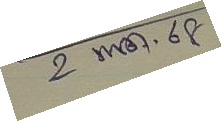
2 พ.ค. 68